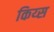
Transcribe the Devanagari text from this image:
किय्स